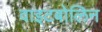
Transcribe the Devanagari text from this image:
वाइटबोलिन